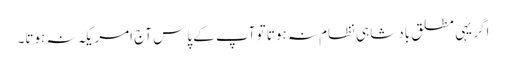
اگر یہی مطلق بادشاہی نظام نہ ہوتا تو آپ کے پاس آج امریکہ نہ ہوتا۔